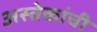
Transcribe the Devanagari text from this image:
अस्तेकांची